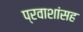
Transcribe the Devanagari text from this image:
प्रवाशांसह